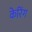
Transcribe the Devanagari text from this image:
केरिंग